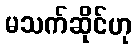
မသက်ဆိုင်ဟု